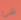
شئ